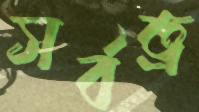
সর্বত্র